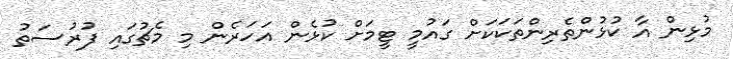
މުޅިން އާ ކުޅުންތެރިންތަކަކަށް ގައުމީ ޓީމަށް ކުޅެން އަހަރެން މި މެޗުގައި ފުރުސަތު